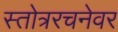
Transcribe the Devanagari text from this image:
स्तोत्ररचनेवर